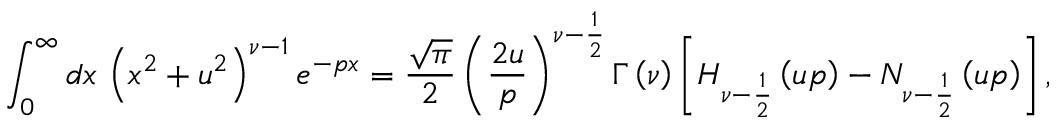
\int _ { 0 } ^ { \infty } d x \, \left( x ^ { 2 } + u ^ { 2 } \right) ^ { \nu - 1 } e ^ { - p x } = \frac { \sqrt { \pi } } { 2 } \left( \frac { 2 u } { p } \right) ^ { \nu - \frac { 1 } { 2 } } \Gamma \left( \nu \right) \left[ H _ { \nu - \frac { 1 } { 2 } } \left( u p \right) - N _ { \nu - \frac { 1 } { 2 } } \left( u p \right) \right] ,